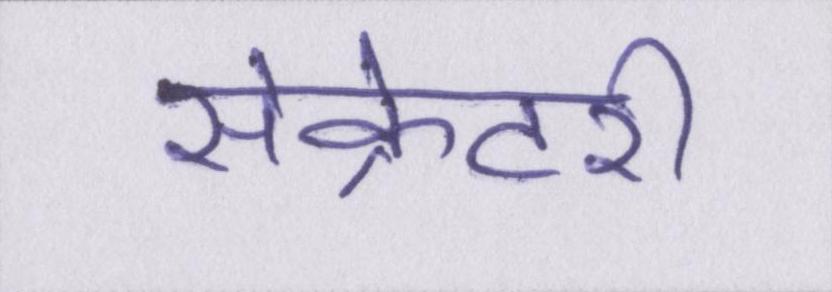
सेक्रेटरी